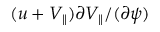
( u + V _ { \parallel } ) \partial V _ { \parallel } / ( \partial \psi )